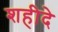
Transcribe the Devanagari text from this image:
शहीदे